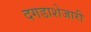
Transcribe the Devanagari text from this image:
दगडाशेजारी